画像に写った文字を読んでください
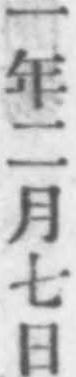
「一年二月七日」と書いてあります